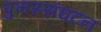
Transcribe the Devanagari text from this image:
पुनस्संघटन